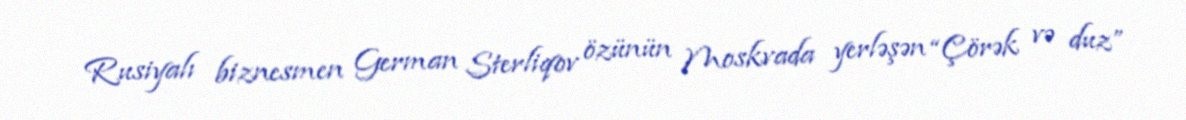
Rusiyalı biznesmen German Sterliqov özünün Moskvada yerləşən “Çörək və duz”